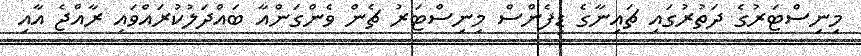
މިނިސްޓަރުގެ ދަތުރުގައި ޗައިނާގެ ޑިފެންސް މިނިސްޓަރު ޗެން ވެންގަންއާ ބައްދަލުކުރައްވައި ރާއްޖެ އާއި